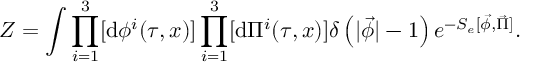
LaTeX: { \cal Z } = \int \prod _ { i = 1 } ^ { 3 } [ \mathrm { d } { \phi } ^ { i } ( \tau , x ) ] \prod _ { i = 1 } ^ { 3 } [ \mathrm { d } { \Pi } ^ { i } ( \tau , x ) ] \delta \left( | \vec { \phi } | - 1 \right) e ^ { - S _ { e } [ \vec { \phi } , \vec { \Pi } ] } .